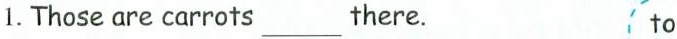
1.Those are carrots______ there. to